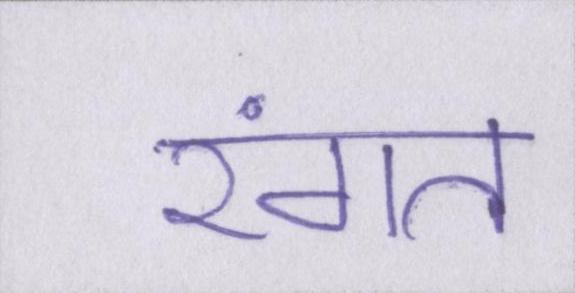
रंगत